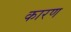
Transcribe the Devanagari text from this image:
कारण